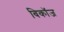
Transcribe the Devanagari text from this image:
बिकॉज